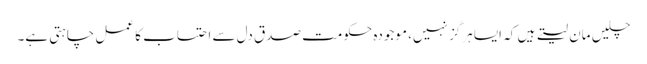
چلیں مان لیتے ہیں کہ ایسا ہرگز نہیں، موجودہ حکومت صدق دل سے احتساب کا عمل چاہتی ہے۔